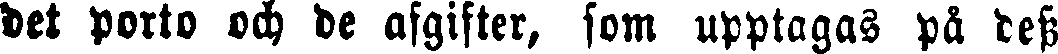
det porto och de afgifter, som upptagas på dess